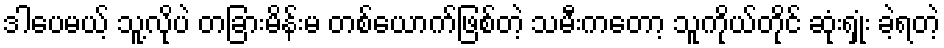
ဒါပေမယ့် သူ့လိုပဲ တခြားမိန်းမ တစ်ယောက်ဖြစ်တဲ့ သမီးကတော့ သူကိုယ်တိုင် ဆုံးရှုံး ခဲ့ရတဲ့